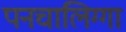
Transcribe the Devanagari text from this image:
पनचालिग्गा